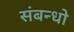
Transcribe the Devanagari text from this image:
संबन्धो